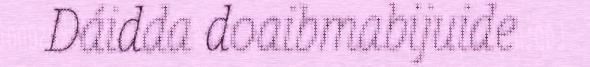
Dáidda doaibmabijuide